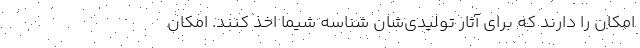
امکان را دارند که برای آثار تولیدی‌شان شناسه شیما اخذ کنند. امکان